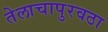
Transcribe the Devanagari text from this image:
तेलाचापुरवठा